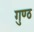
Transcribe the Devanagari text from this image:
गुण्ठ